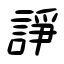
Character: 諍